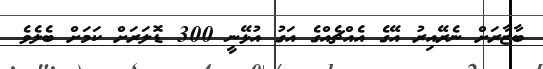
ބާޒާރަށް ނެރޭއިރު އޭގެ އެއްޗެއްގެ އަގު އުޅޭނީ 300 ޑޮލަރަށް ކަމަށް ބެލެވެ